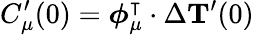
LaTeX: C_{\mu}^{\prime}(0)=\boldsymbol{\phi}_{\mu}^{\intercal}\cdot\Delta{\mathbf{T}^{\prime}}(0)